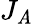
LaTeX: J_{\mathit{A}}